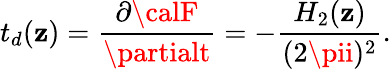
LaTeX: t_{d}(\mathbf{z})=\frac{{\partial{\calF}}}{{\partialt}}=-\frac{{H_{2}(\mathbf{z})}}{{(2\pii)^{2}}}.